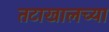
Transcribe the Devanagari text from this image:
तटाखालच्या